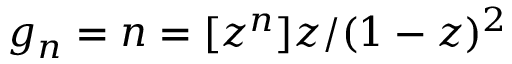
g _ { n } = n = [ z ^ { n } ] z / ( 1 - z ) ^ { 2 }